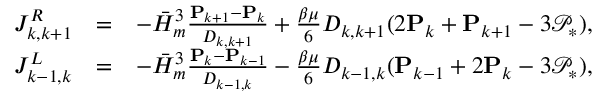
\begin{array} { r l r } { J _ { k , k + 1 } ^ { R } } & { = } & { - \bar { H } _ { m } ^ { 3 } \frac { \mathbf { P } _ { k + 1 } - \mathbf { P } _ { k } } { D _ { k , k + 1 } } + \frac { \beta \mu } { 6 } D _ { k , k + 1 } ( 2 \mathbf { P } _ { k } + \mathbf { P } _ { k + 1 } - 3 \mathcal { P } _ { * } ) , } \\ { J _ { k - 1 , k } ^ { L } } & { = } & { - \bar { H } _ { m } ^ { 3 } \frac { \mathbf { P } _ { k } - \mathbf { P } _ { k - 1 } } { D _ { k - 1 , k } } - \frac { \beta \mu } { 6 } D _ { k - 1 , k } ( \mathbf { P } _ { k - 1 } + 2 \mathbf { P } _ { k } - 3 \mathcal { P } _ { * } ) , } \end{array}